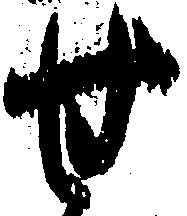
せ